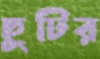
ছুটির